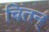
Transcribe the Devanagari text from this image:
चिंतन्